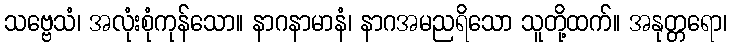
သဗ္ဗေသံ၊ အလုံးစုံကုန်သော။ နာဂနာမာနံ၊ နာဂအမညရိသော သူတို့ထက်။ အနုတ္တရော၊